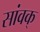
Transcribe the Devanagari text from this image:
सांवक्